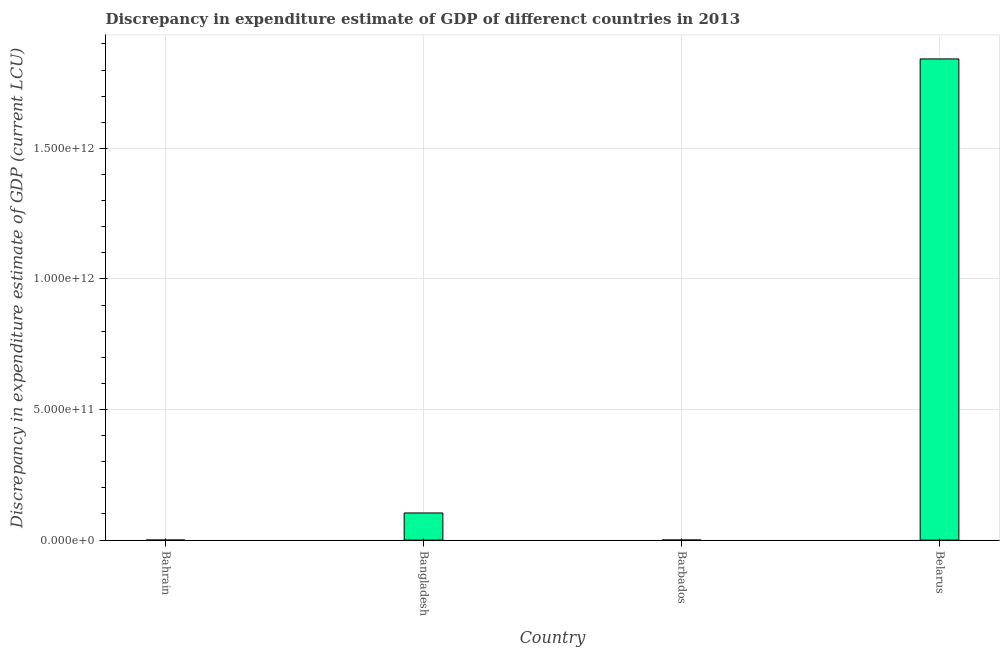
| Country | Discrepancy current LCU |
 | --- | --- |
 | Bahrain | -5e+05 |
 | Bangladesh | 1.04e+11 |
 | Barbados | 1.52e+08 |
 | Belarus | 1.84e+12 |